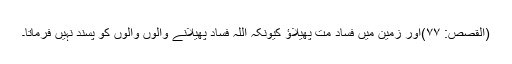
(القصص: ۷۷)اور زمین میں فساد مت پھیلاؤ کیونکہ اللہ فساد پھیلانے والوں والوں کو پسند نہیں فرماتا۔